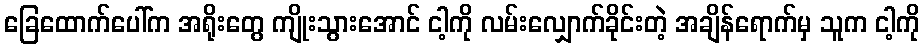
ခြေထောက်ပေါ်က အရိုးတွေ ကျိုးသွားအောင် ငါ့ကို လမ်းလျှောက်ခိုင်းတဲ့ အချိန်ရောက်မှ သူက ငါ့ကို